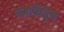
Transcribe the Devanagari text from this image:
वंशविद्वेष